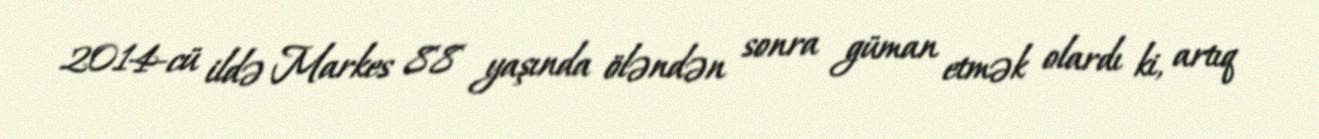
2014-cü ildə Markes 88 yaşında öləndən sonra güman etmək olardı ki, artıq